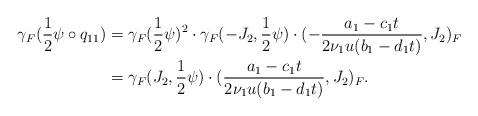
LaTeX: \begin{align*} \gamma_F(\frac{1}{2} \psi \circ q_{11}) & = \gamma_F(\frac{1}{2} \psi)^2 \cdot \gamma_F(-J_2, \frac{1}{2} \psi) \cdot ( - \frac{a_1 - c_1 t}{2 \nu_1 u (b_1 - d_1 t)}, J_2 )_F \\ & = \gamma_F(J_2, \frac{1}{2} \psi) \cdot ( \frac{a_1 - c_1 t}{2 \nu_1 u (b_1 - d_1 t)}, J_2 )_F.\end{align*}